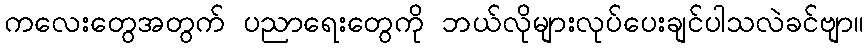
ကလေးတွေအတွက် ပညာရေးတွေကို ဘယ်လိုများလုပ်ပေးချင်ပါသလဲခင်ဗျာ။